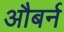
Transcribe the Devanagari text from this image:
औबर्न